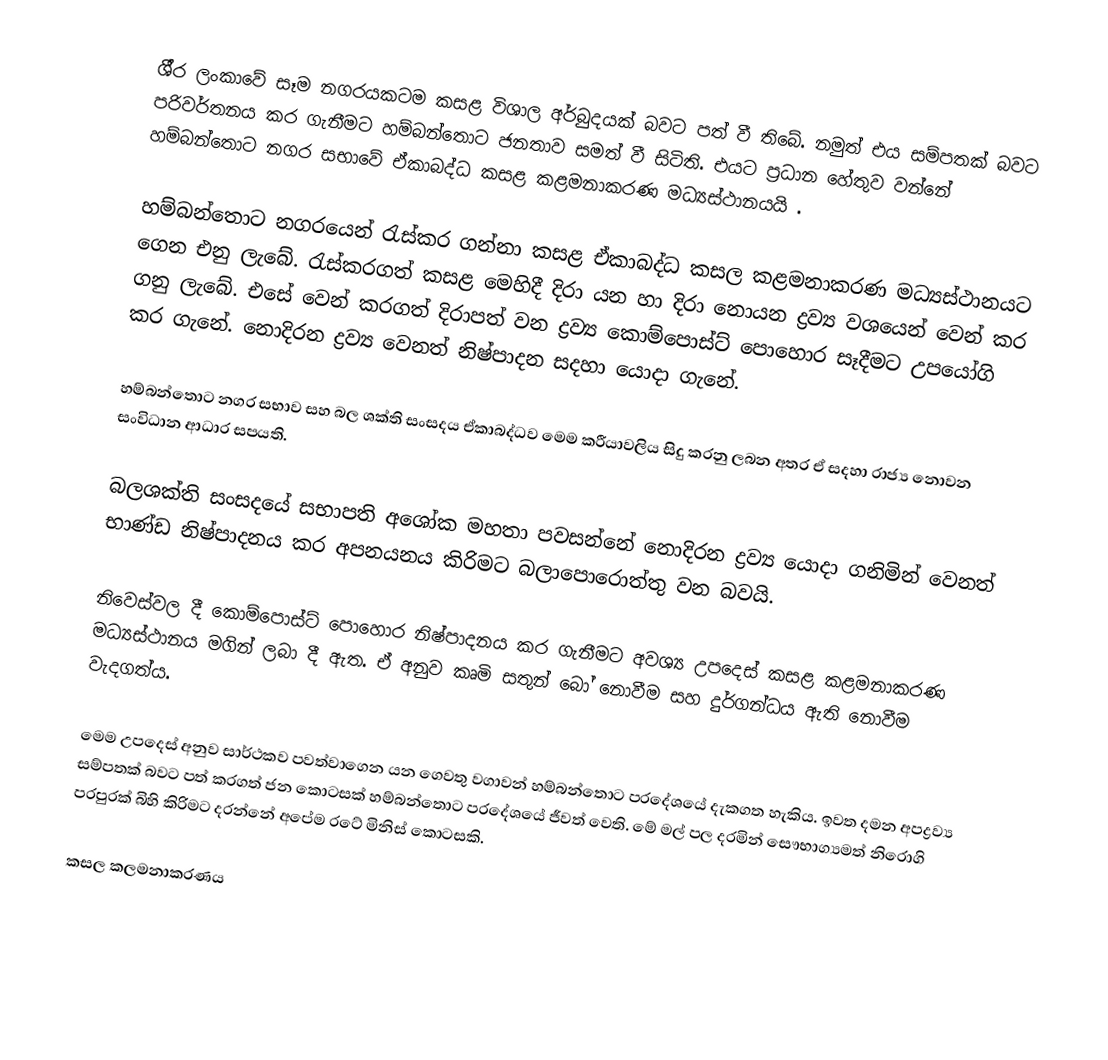
ශී‍්‍ර ලංකාවේ සෑම නගරයකටම කසළ විශාල අර්බුදයක් බවට පත් වී තිබේ. නමුත් එය සම්පතක් බවට පරිවර්තනය කර ගැනීමට හම්බන්තොට ජනතාව සමත් වී සිටිති. එයට ප‍්‍රධාන හේතුව වන්නේ හම්බන්තොට නගර සභාවේ ඒකාබද්ධ කසළ කළමනාකරණ මධ්‍යස්ථානයයි .

හම්බන්තොට නගරයෙන් රැස්කර ගන්නා කසළ ඒකාබද්ධ කසල කළමනාකරණ මධ්‍යස්ථානයට ගෙන එනු ලැබේ. රැස්කරගත් කසළ මෙහිදී දිරා යන හා දිරා නොයන ද්‍රව්‍ය වශයෙන් වෙන් කර ගනු ලැබේ. එසේ වෙන් කරගත් දිරාපත් වන ද්‍රව්‍ය කොම්පොස්ට් පොහොර සෑදීමට උපයෝගි කර ගැනේ. නොදිරන ද්‍රව්‍ය වෙනත් නිෂ්පාදන සදහා යොදා ගැනේ.

හම්බන්තොට නගර සභාව සහ බල ශක්ති සංසදය ඒකාබද්ධව මෙම ක‍්‍රීයාවලිය සිදු කරනු ලබන අතර ඒ සදහා රාජ්‍ය නොවන සංවිධාන ආධාර සපයති.

බලශක්ති සංසදයේ සභාපති අශෝක මහතා පවසන්නේ නොදිරන ද්‍රව්‍ය යොදා ගනිමින් වෙනත් භාණ්ඩ නිෂ්පාදනය කර අපනයනය කිරිමට බලාපොරොත්තු වන බවයි.

නිවෙස්වල දී කොම්පොස්ට් පොහොර නිෂ්පාදනය කර ගැනීමට අවශ්‍ය උපදෙස් කසළ කළමනාකරණ මධ්‍යස්ථානය මගින් ලබා දී ඇත. ඒ අනුව කෘමි සතුන් බෝ නොවීම සහ දුර්ගන්ධය ඇති නොවීම වැදගත්ය.

මෙම උපදෙස් අනුව සාර්ථකව පවත්වාගෙන යන ගෙවතු වගාවන් හම්බන්තොට ප‍්‍රදේශයේ දැකගත හැකිය. ඉවත දමන අපද්‍රව්‍ය සම්පතක් බවට පත් කරගත් ජන කොටසක් හම්බන්තොට ප‍්‍රදේශයේ ජීවත් වෙති. මේ මල් පල දරමින් සෞභාග්‍යමත් නිරොගි පරපුරක් බිහි කිරිමට දරන්නේ අපේම රටේ මිනිස් කොටසකි.

කසල කලමනාකරණය